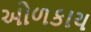
ઓળકાય